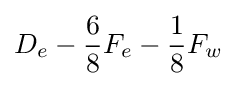
D_{e}-{\frac {6}{8}}F_{e}-{\frac {1}{8}}F_{w}